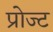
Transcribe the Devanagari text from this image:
प्रोज्ट